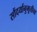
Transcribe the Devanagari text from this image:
सौंदर्यानुभूतीचा